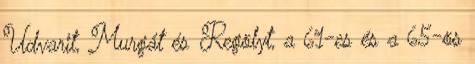
Udvarit, Murgát és Regölyt, a 61-es és a 65-ös